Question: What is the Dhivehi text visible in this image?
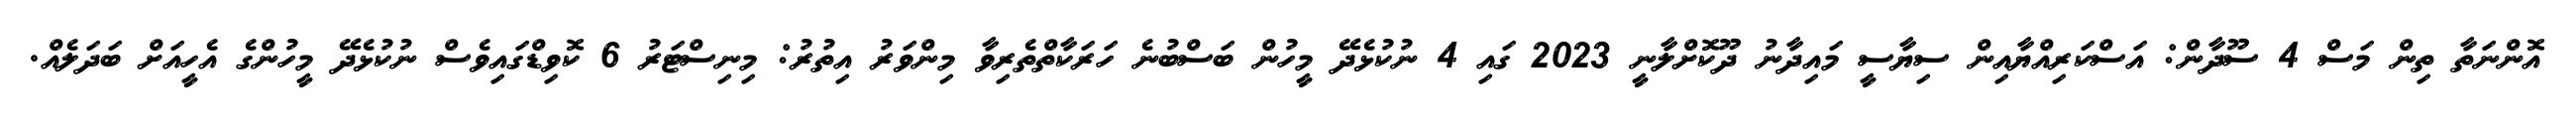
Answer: އޮންނަތާ ތިން މަސް 4 ސޫދާން: އަސްކަރިއްޔާއިން ސިޔާސީ މައިދާނު ދޫކޮށްލާނީ 2023 ގައި 4 ނުކުޅެދޭ މީހުން ބަސްބުނެ ހަރަކާތްތެރިވާ މިންވަރު އިތުރު: މިނިސްޓަރު 6 ކޮވިޑްގައިވެސް ނުކުޅެދޭ މީހުންގެ އެހީއަށް ބަދަލެއް.